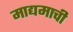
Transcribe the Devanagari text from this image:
माद्यमाची